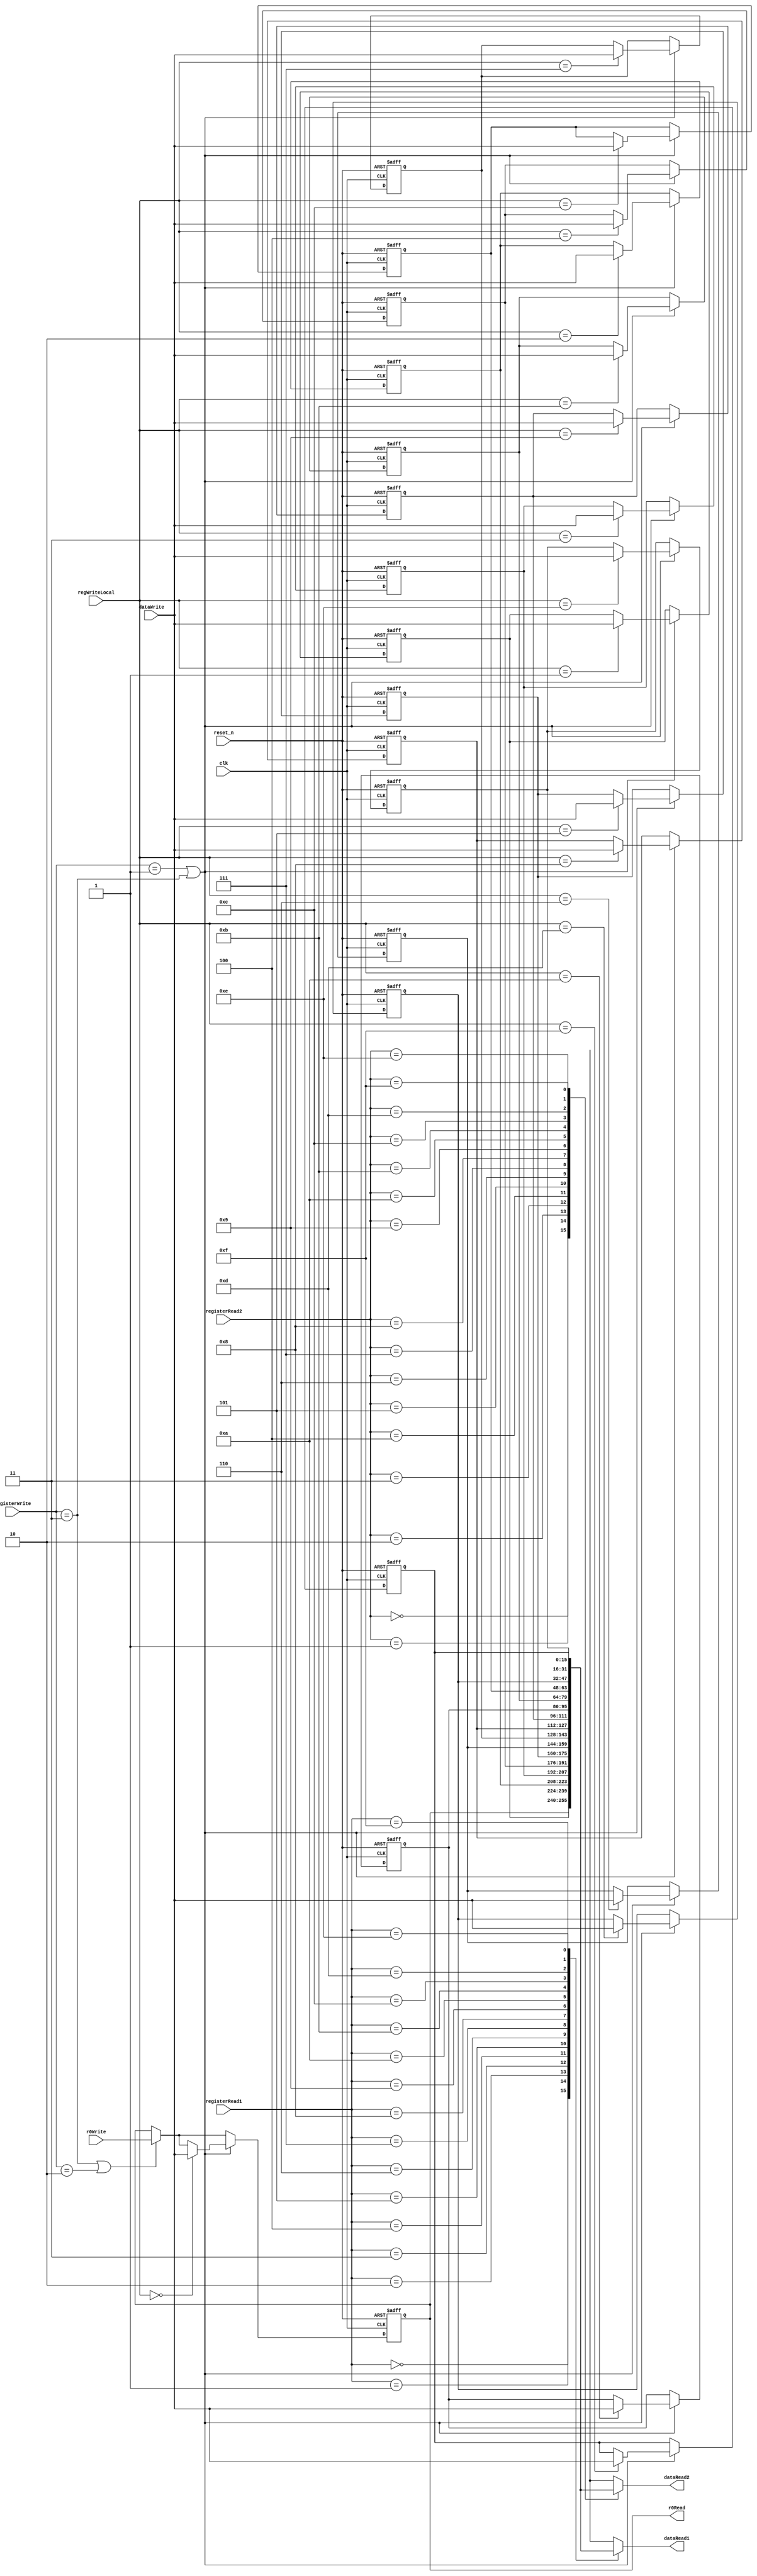
/*
 * Name: register
 * Functional as of 5:15pm 5/13/21 
 */


module register
(
    input clk, reset_n, 
    input [1:0] registerWrite,
    input [3:0] registerRead1, registerRead2, regWriteLocal,
    input [15:0] dataWrite, r0Write,
    output reg [15:0] dataRead1, dataRead2, r0Read
);



reg [15:0] registerFile [15:0];

always@(posedge clk, negedge reset_n)
begin
    if(!reset_n) // initializes R0-R15
    begin
        registerFile[0] <= 16'h0000; 
        registerFile[1] <= 16'h7B18;
        registerFile[2] <= 16'h245B;
        registerFile[3] <= 16'hFF0F;
        registerFile[4] <= 16'hF0FF;
        registerFile[5] <= 16'h0051;
        registerFile[6] <= 16'h6666;
        registerFile[7] <= 16'h00FF;
        registerFile[8] <= 16'hFF88;
        registerFile[9] <= 16'h0000;
        registerFile[10] <= 16'h0000;
        registerFile[11] <= 16'h3099;
        registerFile[12] <= 16'hCCCC;
        registerFile[13] <= 16'h0002;
        registerFile[14] <= 16'h0011;
        registerFile[15] <= 16'h0000;
    end
    else
    begin
        if(registerWrite == 2'b11 || registerWrite == 2'b10)
        begin
            registerFile[0] <= r0Write;
        end
        if(registerWrite == 2'b01 || registerWrite == 2'b11)
        begin
            registerFile[regWriteLocal] <= dataWrite;
        end
    end
    // r0Read <= registerFile[0];
    // dataRead1 = registerFile[registerRead1];
    // dataRead2 = registerFile[registerRead2];
end

always@(*)
begin 
    dataRead1 = registerFile[registerRead1];
    dataRead2 = registerFile[registerRead2];
    r0Read = registerFile[0];
end

endmodule